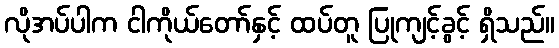
လိုအပ်ပါက ငါကိုယ်တော်နှင့် ထပ်တူ ပြုကျင့်ခွင့် ရှိသည်။